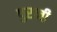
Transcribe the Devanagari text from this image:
पुराची